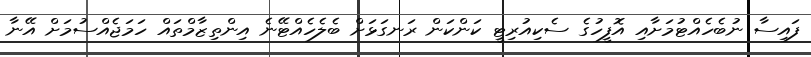
ފައިސާ ނުބެހެއްޓުމަށާއި އޮފީހުގެ ސެކިއުރިޓީ ކަންކަން ރަނގަޅަށް ބެލެހެއްޓޭނެ އިންތިޒާމްތައް ހަމަޖެއްސުމަށް އޭނާ